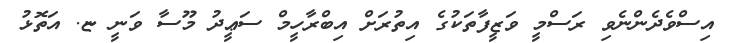
އިސްވެދެންނެވި ރަސްމީ ވަޒީފާތަކުގެ އިތުރަށް އިބްރާހީމް ސަޢީދު މޫސާ ވަނީ ޏ. އަތޮޅު